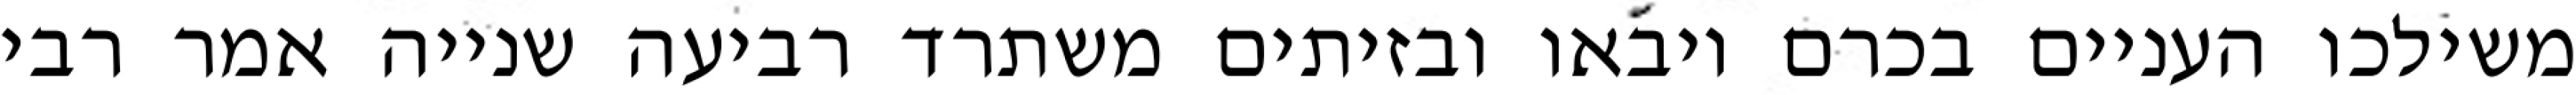
משילכו העניים בכרם ויבאו ובזיתים משתרד רביעה שנייה אמר רבי